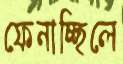
ফেনাচ্ছিলে